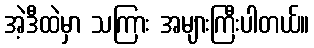
အဲ့ဒီထဲမှာ သကြား အများကြီးပါတယ်။